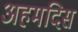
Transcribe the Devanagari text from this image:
अहमदिस